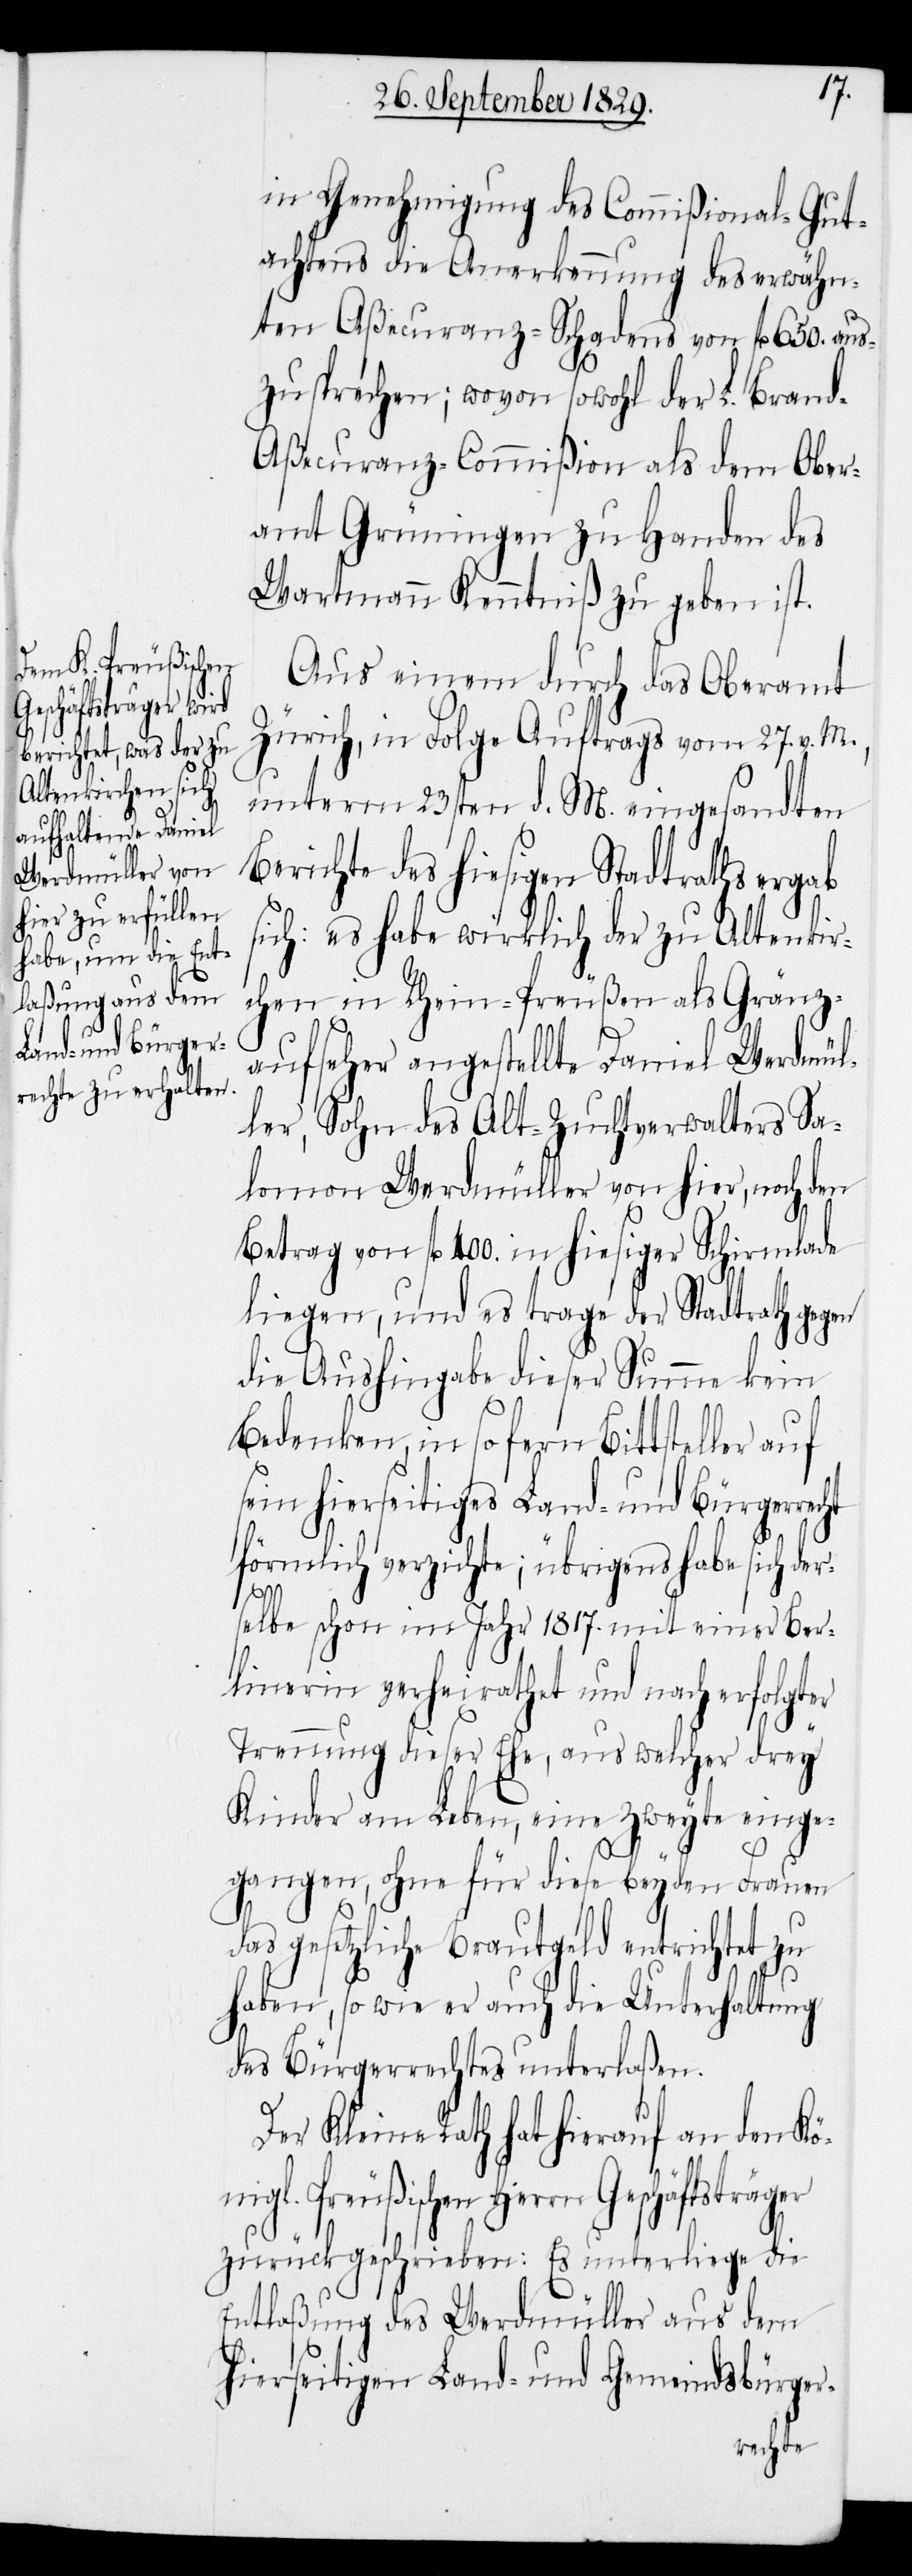
in Genehmigung des Commißional-Gut¬
achtens die Anerkennung des erwähn¬
ten Aßecuranz-Schadens von fl. 650. aus¬
zusprechen; wovon sowohl der L. Bran¬
d-Aßecuranz-Commißion als dem Ober¬
amt Grüningen zu Handen des
Wartmann Kenntniß zu geben ist.
Aus einem durch das Oberamt
Zürich in Folge Auftrags vom 27. v. M.,
unterm 23sten d. M. eingesandten
Berichte des hiesigen Stadtrathes ergab
sich: es habe wirklich der zu Altenkir¬
chen in Rhein-Preußen als Gränz¬
aufseher angestellte Daniel Werdmül¬
ler, Sohn des Alt-Zuchtverwalters Sa¬
lomon Werdmüller von hier, noch den
Betrag von fl. 400. in hiesiger Schirmlade
liegen, und es trage der Stadtrath gegen
die Aushingabe dieser Summe kein
Bedenken, in so fern Bittsteller auf
sein hierseitiges Land- und Bürgerrecht
förmlich verzichte; übrigens habe sich der¬
selbe schon im Jahr 1817. mit einer Ber¬
linerin verheirathet und nach erfolgter
Trennung dieser Ehe, aus welcher drey
Kinder am Leben, eine zweyte einge¬
gangen, ohne für diese beyden Frauen
das gesetzliche Brautgeld entrichtet zu
haben, so wie er auch die Unterhaltung
des Bürgerrechtes unterlaßen.
Der Kleine Rath hat hierauf an den Kö¬
nigl. Preußischen Herrn Geschäftsträger
zurückgeschrieben: Es unterliege die
Entlaßung des Werdmüller aus dem
hierseitigen Land- und Gemeindsbürger-